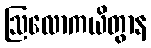
ဩလောကယိတွာန